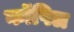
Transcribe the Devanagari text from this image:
कॉपिल